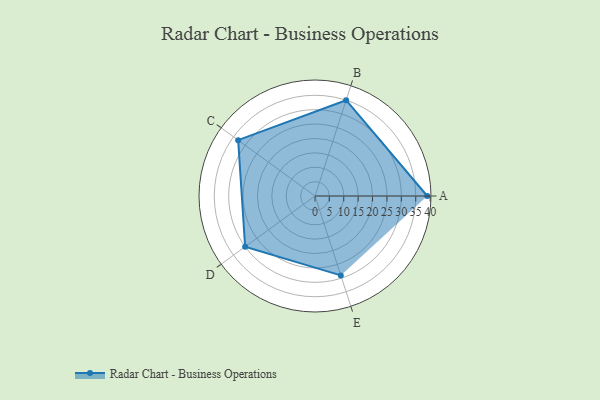
{"axis": {"x": "Skill", "y": "Score"}, "legend": ["Profile"], "data": [{"x": "A", "y": 39.0, "type": "Profile"}, {"x": "B", "y": 35.0, "type": "Profile"}, {"x": "C", "y": 33.0, "type": "Profile"}, {"x": "D", "y": 30.0, "type": "Profile"}, {"x": "E", "y": 29.0, "type": "Profile"}]}